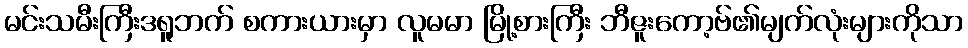
မင်းသမီးကြီးဒရူဘက် စကားယားမှာ လူမမာ မြို့စားကြီး ဘီဇူးကော့ဗ်၏မျက်လုံးများကိုသာ